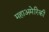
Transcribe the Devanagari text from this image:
महाअमेरिकी